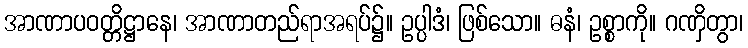
အာဏာပဝတ္တိဋ္ဌာနေ၊ အာဏာတည်ရာအရပ်၌။ ဥပ္ပါဒံ၊ ဖြစ်သော။ ဓနံ၊ ဥစ္စာကို။ ဂဏှိတွာ၊